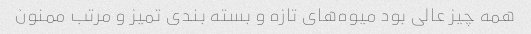
همه چیز عالی بود میوه‌های تازه و بسته بندی تمیز و مرتب ممنون